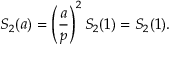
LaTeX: S _ { 2 } ( a ) = \left( { \frac { a } { p } } \right) ^ { 2 } S _ { 2 } ( 1 ) = S _ { 2 } ( 1 ) .